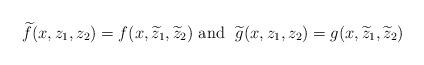
LaTeX: \begin{align*}\widetilde{f}(x,z_{1},z_{2})=f(x,\widetilde{z}_{1},\widetilde{z}_{2})\text{\ and \ }\widetilde{g}(x,z_{1},z_{2})=g(x,\widetilde{z}_{1},\widetilde{z}_{2}) \end{align*}